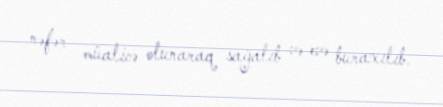
nəfər müalicə olunaraq sağalıb və evə buraxılıb.